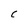
Character: C